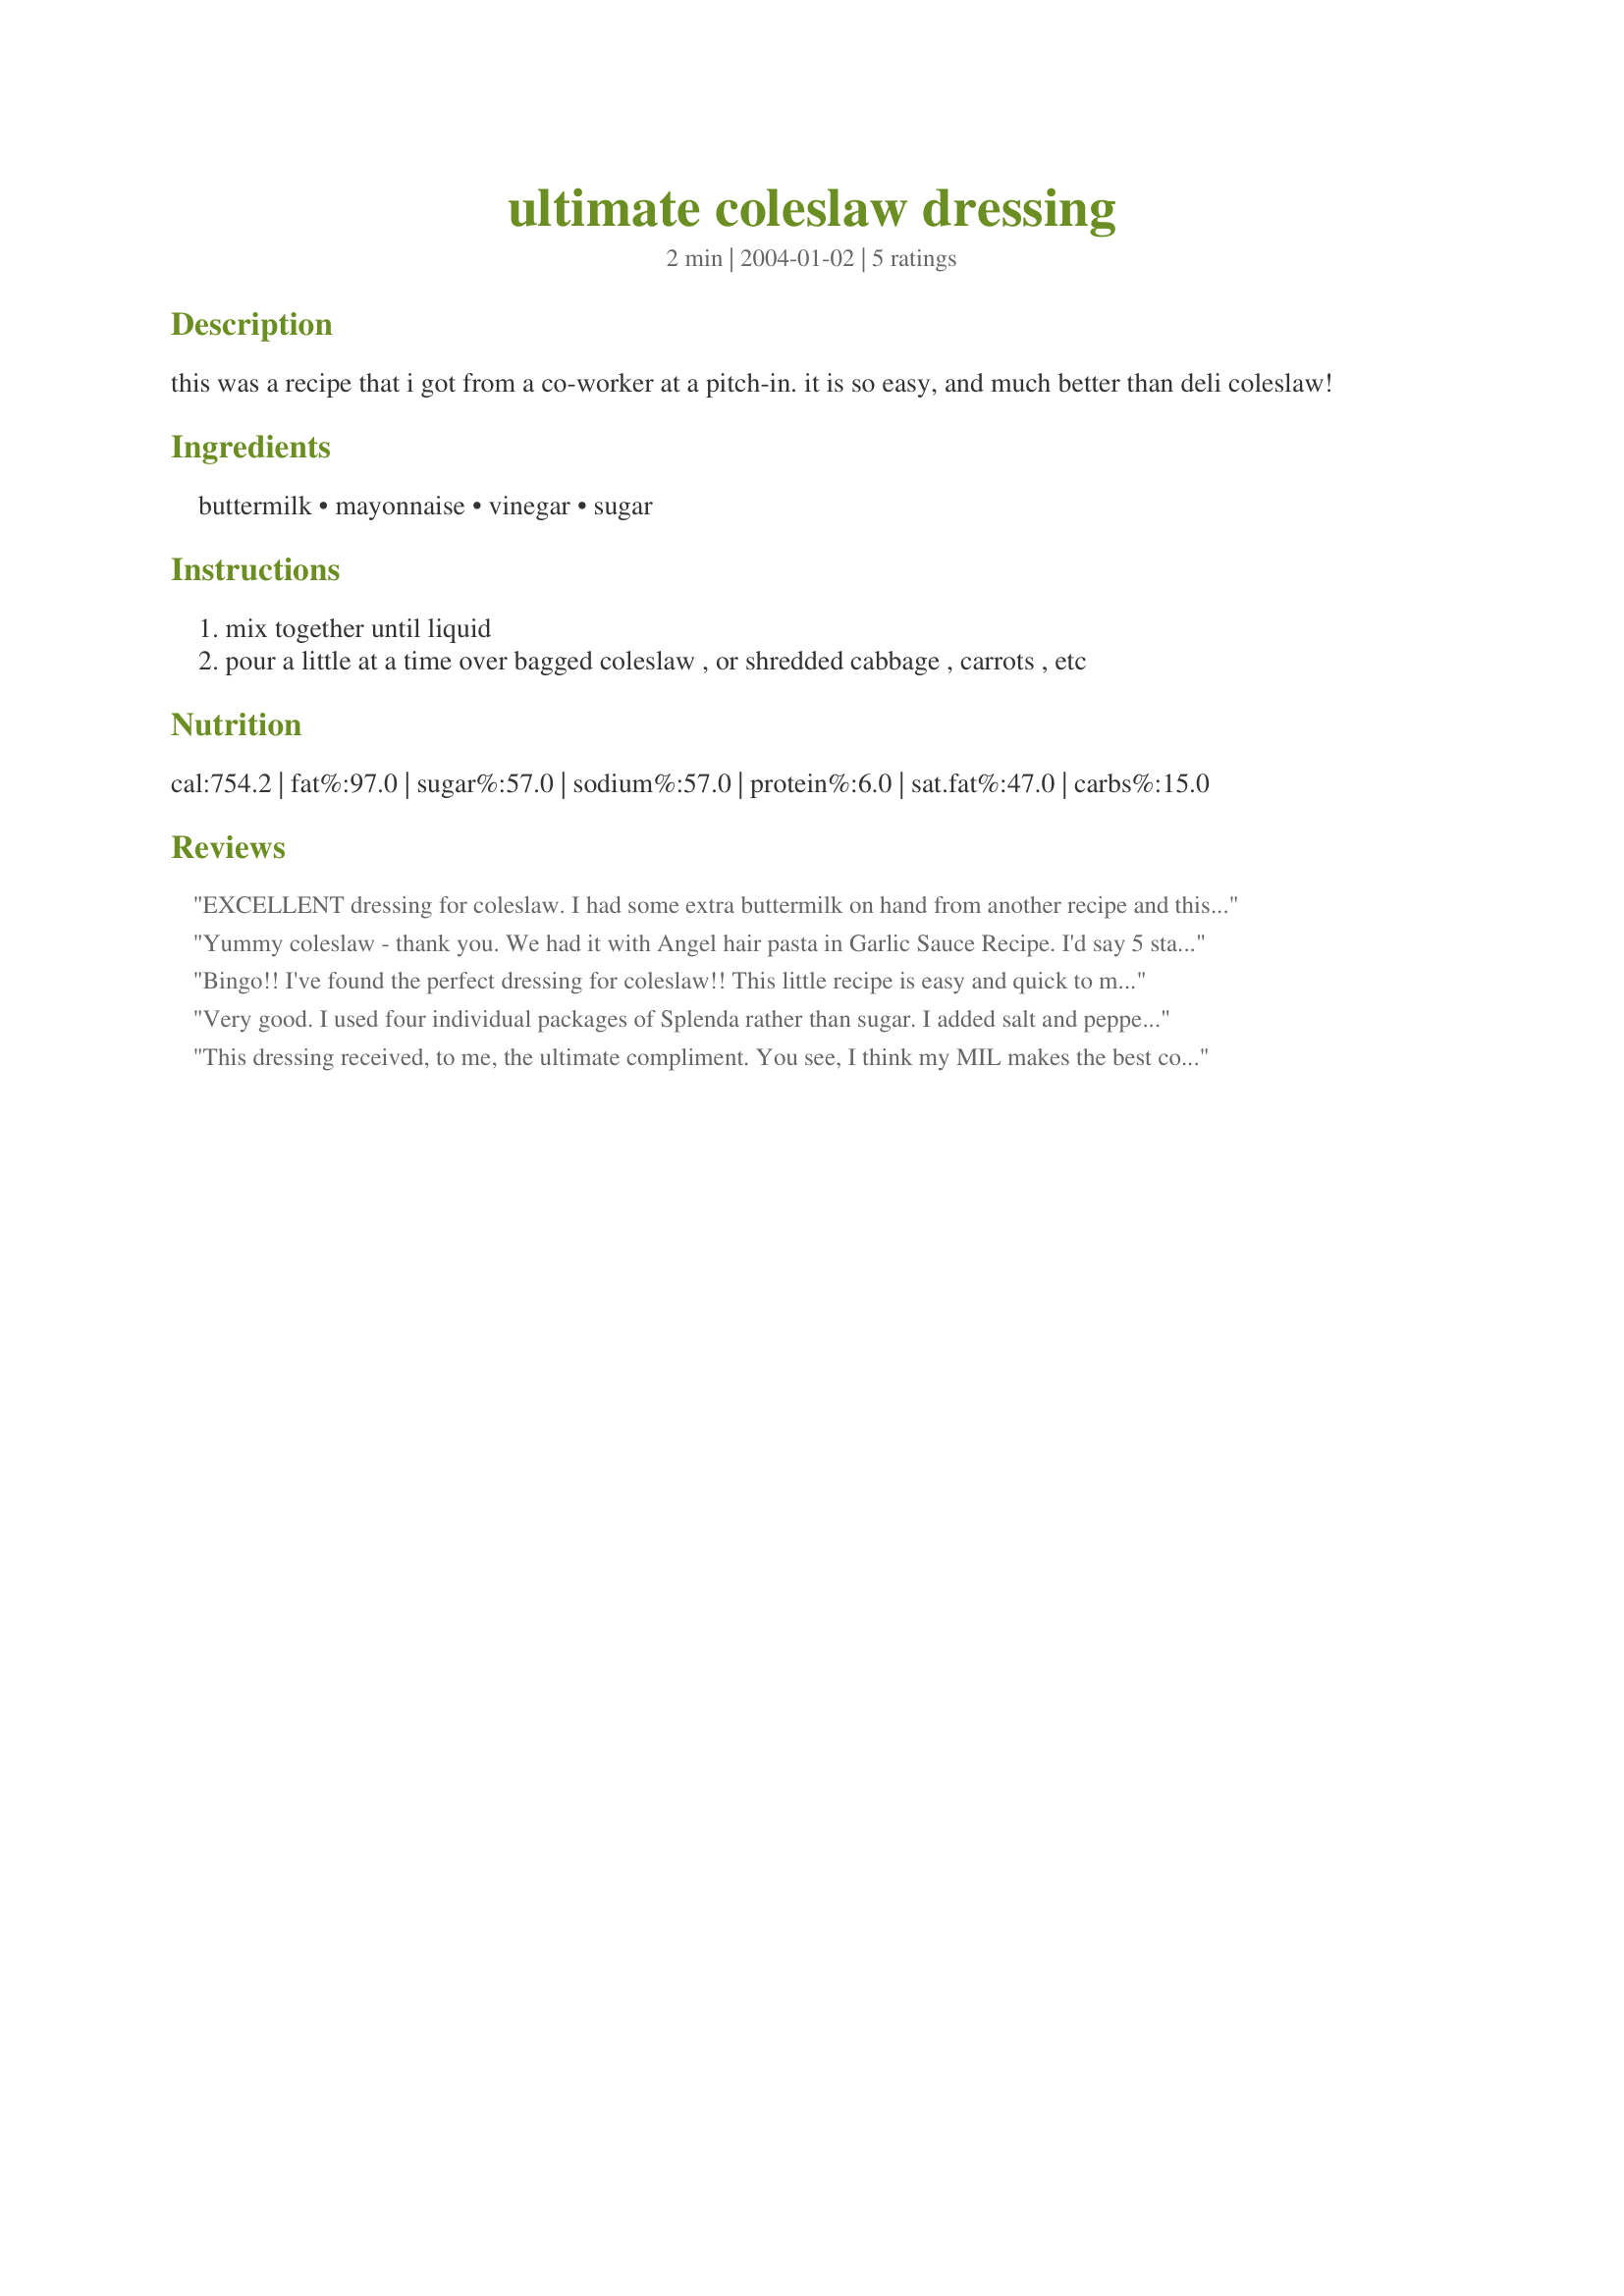
ultimate coleslaw dressing
Preparation time: 2 minutes

this was a recipe that i got from a co-worker at a pitch-in. it is so easy, and much better than deli coleslaw!

Ingredients:
buttermilk, mayonnaise, vinegar, sugar

Steps:
mix together until liquid
pour a little at a time over bagged coleslaw , or shredded cabbage , carrots , etc

Reviews:
EXCELLENT dressing for coleslaw. I had some extra buttermilk on hand from another recipe and this put it to good use. Our coleslaw was served as a side with baked beans to recipe #26257. Yum. What a great meal!
Yummy coleslaw - thank you.
We had it with Angel hair pasta in Garlic Sauce Recipe. I'd say 5 stars but we wanted a 'kick'...I think it will kick in once it refridgerates tonight. Added I tsp of sugar.
Bingo!! I've found the perfect dressing for coleslaw!! This little recipe is easy and quick to mix up and chill...Nice and creamy, and, just the right tang!! Followed your directions, and used balamic vinegar, and it came out great!! Mixed it in broccoli slaw, and we really enjoyed!!
Thanks for sharing, Shaye...I'll be doing this one again!!
Laudee
Very good. I used four individual packages of Splenda rather than sugar. I added salt and pepper to taste.
This dressing received, to me, the ultimate compliment. You see, I think my MIL makes the best coleslaw ever--she just has the knack. She was over to dinner tonight, and I used this dressing to toss with some bagged coleslaw from the produce section. "Terrific coleslaw!" she told me. "The dressing doesn't taste too much of mayo, which is great." I was so pleased that she liked it so much, since I know hers (which she makes from scratch) is soooo good. I used Hellmans regular mayo, apple cider vinegar, and about a tsp or so of sugar. I will definitely make this easy, tasty and simple dressing again!
